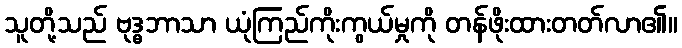
သူတို့သည် ဗုဒ္ဓဘာသာ ယုံကြည်ကိုးကွယ်မှုကို တန်ဖိုးထားတတ်လာ၏။